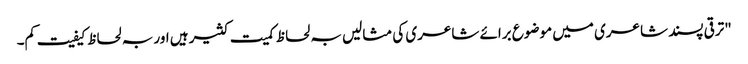
"ترقی پسند شاعری میں موضوع برائے شاعری کی مثالیں بہ لحاظ کمیت کثیر ہیں اور بہ لحاظ کیفیت کم۔